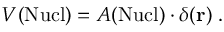
V ( \mathrm { N u c l } ) = A ( \mathrm { N u c l } ) \cdot \delta ( { \bf r } ) \; .